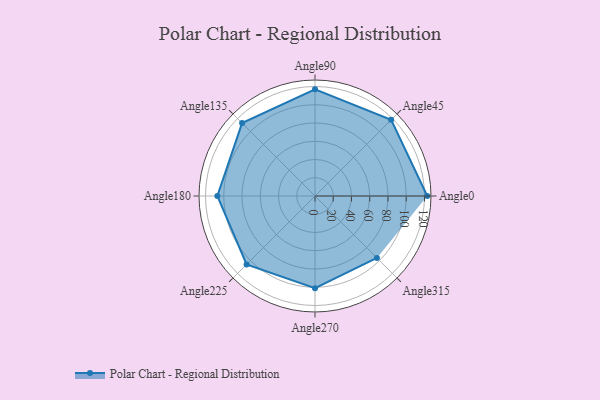
{"axis": {"x": "Angle", "y": "Radius"}, "legend": [""], "data": [{"x": "Angle0", "y": 123.0, "type": ""}, {"x": "Angle45", "y": 118.0, "type": ""}, {"x": "Angle90", "y": 117.0, "type": ""}, {"x": "Angle135", "y": 113.0, "type": ""}, {"x": "Angle180", "y": 107.0, "type": ""}, {"x": "Angle225", "y": 106.0, "type": ""}, {"x": "Angle270", "y": 101.0, "type": ""}, {"x": "Angle315", "y": 96.0, "type": ""}]}